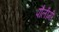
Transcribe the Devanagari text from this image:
पौलीमी